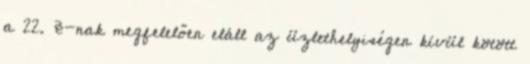
a 22. §-nak megfelelően eláll az üzlethelyiségen kívül kötött